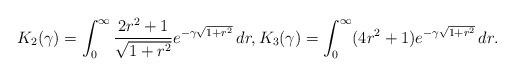
LaTeX: \begin{align*}K_2(\gamma)=\int_0^\infty\frac{2r^2+1}{\sqrt{1+r^2}}e^{-\gamma\sqrt{1+r^2}}\,dr,K_3(\gamma)=\int_0^\infty(4r^2+1)e^{-\gamma\sqrt{1+r^2}}\,dr.\end{align*}